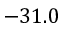
- 3 1 . 0